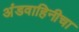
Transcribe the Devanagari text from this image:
अंडवाहिनीचा